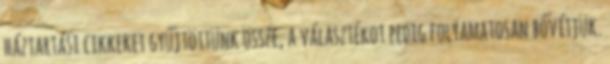
háztartási cikkeket gyűjtöttünk össze, a választékot pedig folyamatosan bővítjük.